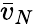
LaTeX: {\bar{v}}_{N}